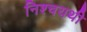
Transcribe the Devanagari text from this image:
निश्चयथी